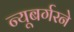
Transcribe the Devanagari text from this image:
न्यूबर्गरने